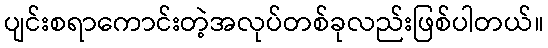
ပျင်းစရာကောင်းတဲ့အလုပ်တစ်ခုလည်းဖြစ်ပါတယ်။